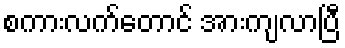
စကားလက်တောင် အားကျလာပြီ